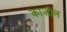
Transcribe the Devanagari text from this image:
काज़ोल